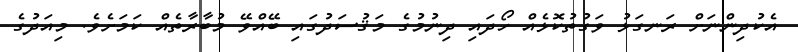
އެކުދިންނަށް ރަނގަޅު ވަގުތުކޮޅެއް ހޯދައި ދިނުމުގެ މަޤުސަދުގައި ބޭއްވޭ މުބާރާތެއް ކަމަށެވެ. މިއަދުގެ